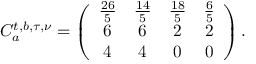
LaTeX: C _ { a } ^ { t , b , \tau , \nu } = \left( \begin{array} { c c c c } { { { \frac { 2 6 } { 5 } } } } & { { { \frac { 1 4 } { 5 } } } } & { { { \frac { 1 8 } { 5 } } } } & { { { \frac { 6 } { 5 } } } } \\ { { 6 } } & { { 6 } } & { { 2 } } & { { 2 } } \\ { { 4 } } & { { 4 } } & { { 0 } } & { { 0 } } \end{array} \right) .